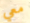
معي